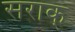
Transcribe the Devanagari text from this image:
सराक्